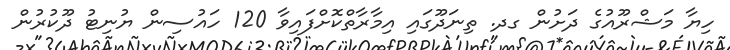
ހިޔާ މަޝްރޫއުގެ ދަށުން ގދ. ތިނަދޫގައި އިމާރާތްކޮށްފައިވާ 120 ހައުސިން ޔުނިޓު ދޫކުރުން